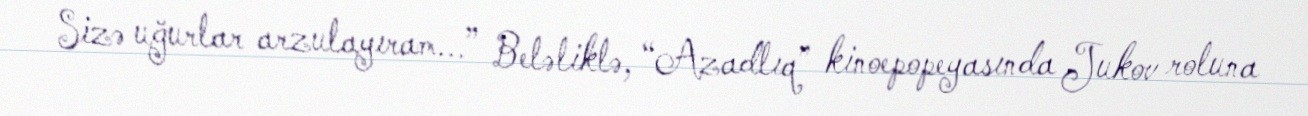
Sizə uğurlar arzulayıram...” Beləliklə, “Azadlıq” kinoepopeyasında Jukov roluna